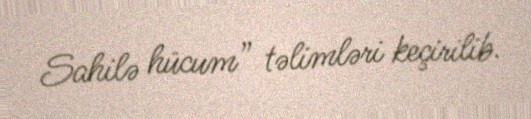
Sahilə hücum” təlimləri keçirilib.